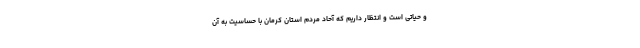
و حیاتی است و انتظار داریم که آحاد مردم استان کرمان با حساسیت به آن